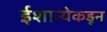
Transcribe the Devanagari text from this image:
ईशान्येकडून